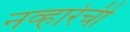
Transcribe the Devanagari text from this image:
नव्हारेची